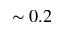
\sim 0 . 2